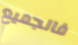
فالجميع